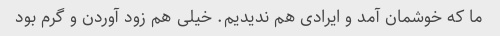
ما که خوشمان آمد و ایرادی هم ندیدیم. خیلی هم زود آوردن و گرم بود